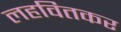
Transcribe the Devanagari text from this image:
लहवितकर